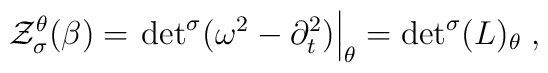
{\cal Z}_\sigma^\theta (\beta) =\left.{\det}^\sigma (\omega^2 - \partial_t^2 ) \right|_\theta={ \det}^\sigma (L)_\theta\;,